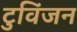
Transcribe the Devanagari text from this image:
टुविंजन